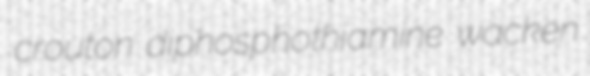
crouton diphosphothiamine wacken